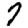
Digit: 7